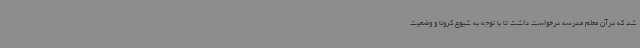
شد که درآن معلم مدرسه درخواست داشت تا با توجه به شیوع کرونا و وضعیت